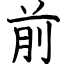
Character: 前